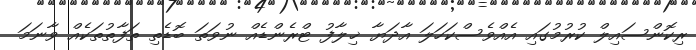
ރިކޮންސައިލް ކުރުމުގައި އެއްވެސްކަހަލަ އާދަޔާ ޚިލާފު ޓްރެންޑެއް ނުވަތަ ބޮޑެތި ތަފާތުތަކެއް ވާނަމަ